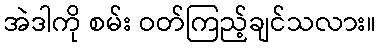
အဲဒါကို စမ်း ဝတ်ကြည့်ချင်သလား။